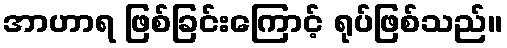
အာဟာရ ဖြစ်ခြင်းကြောင့် ရုပ်ဖြစ်သည်။